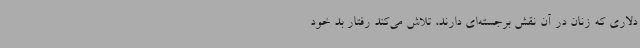
دلاری که زنان در آن نقش برجسته‌ای دارند، تلاش می‌کند رفتار بد خود